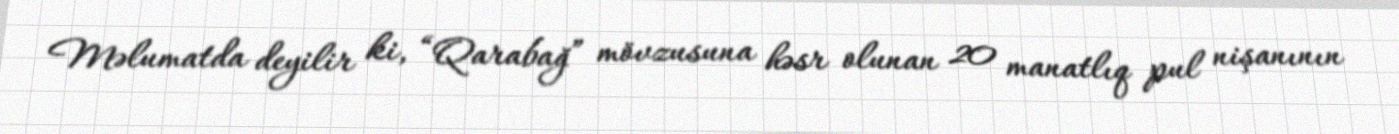
Məlumatda deyilir ki, “Qarabağ” mövzusuna həsr olunan 20 manatlıq pul nişanının